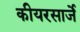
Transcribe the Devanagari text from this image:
कीयरसार्जे